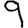
Digit: 9